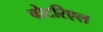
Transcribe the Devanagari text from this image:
बोटरिएल